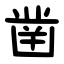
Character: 凿